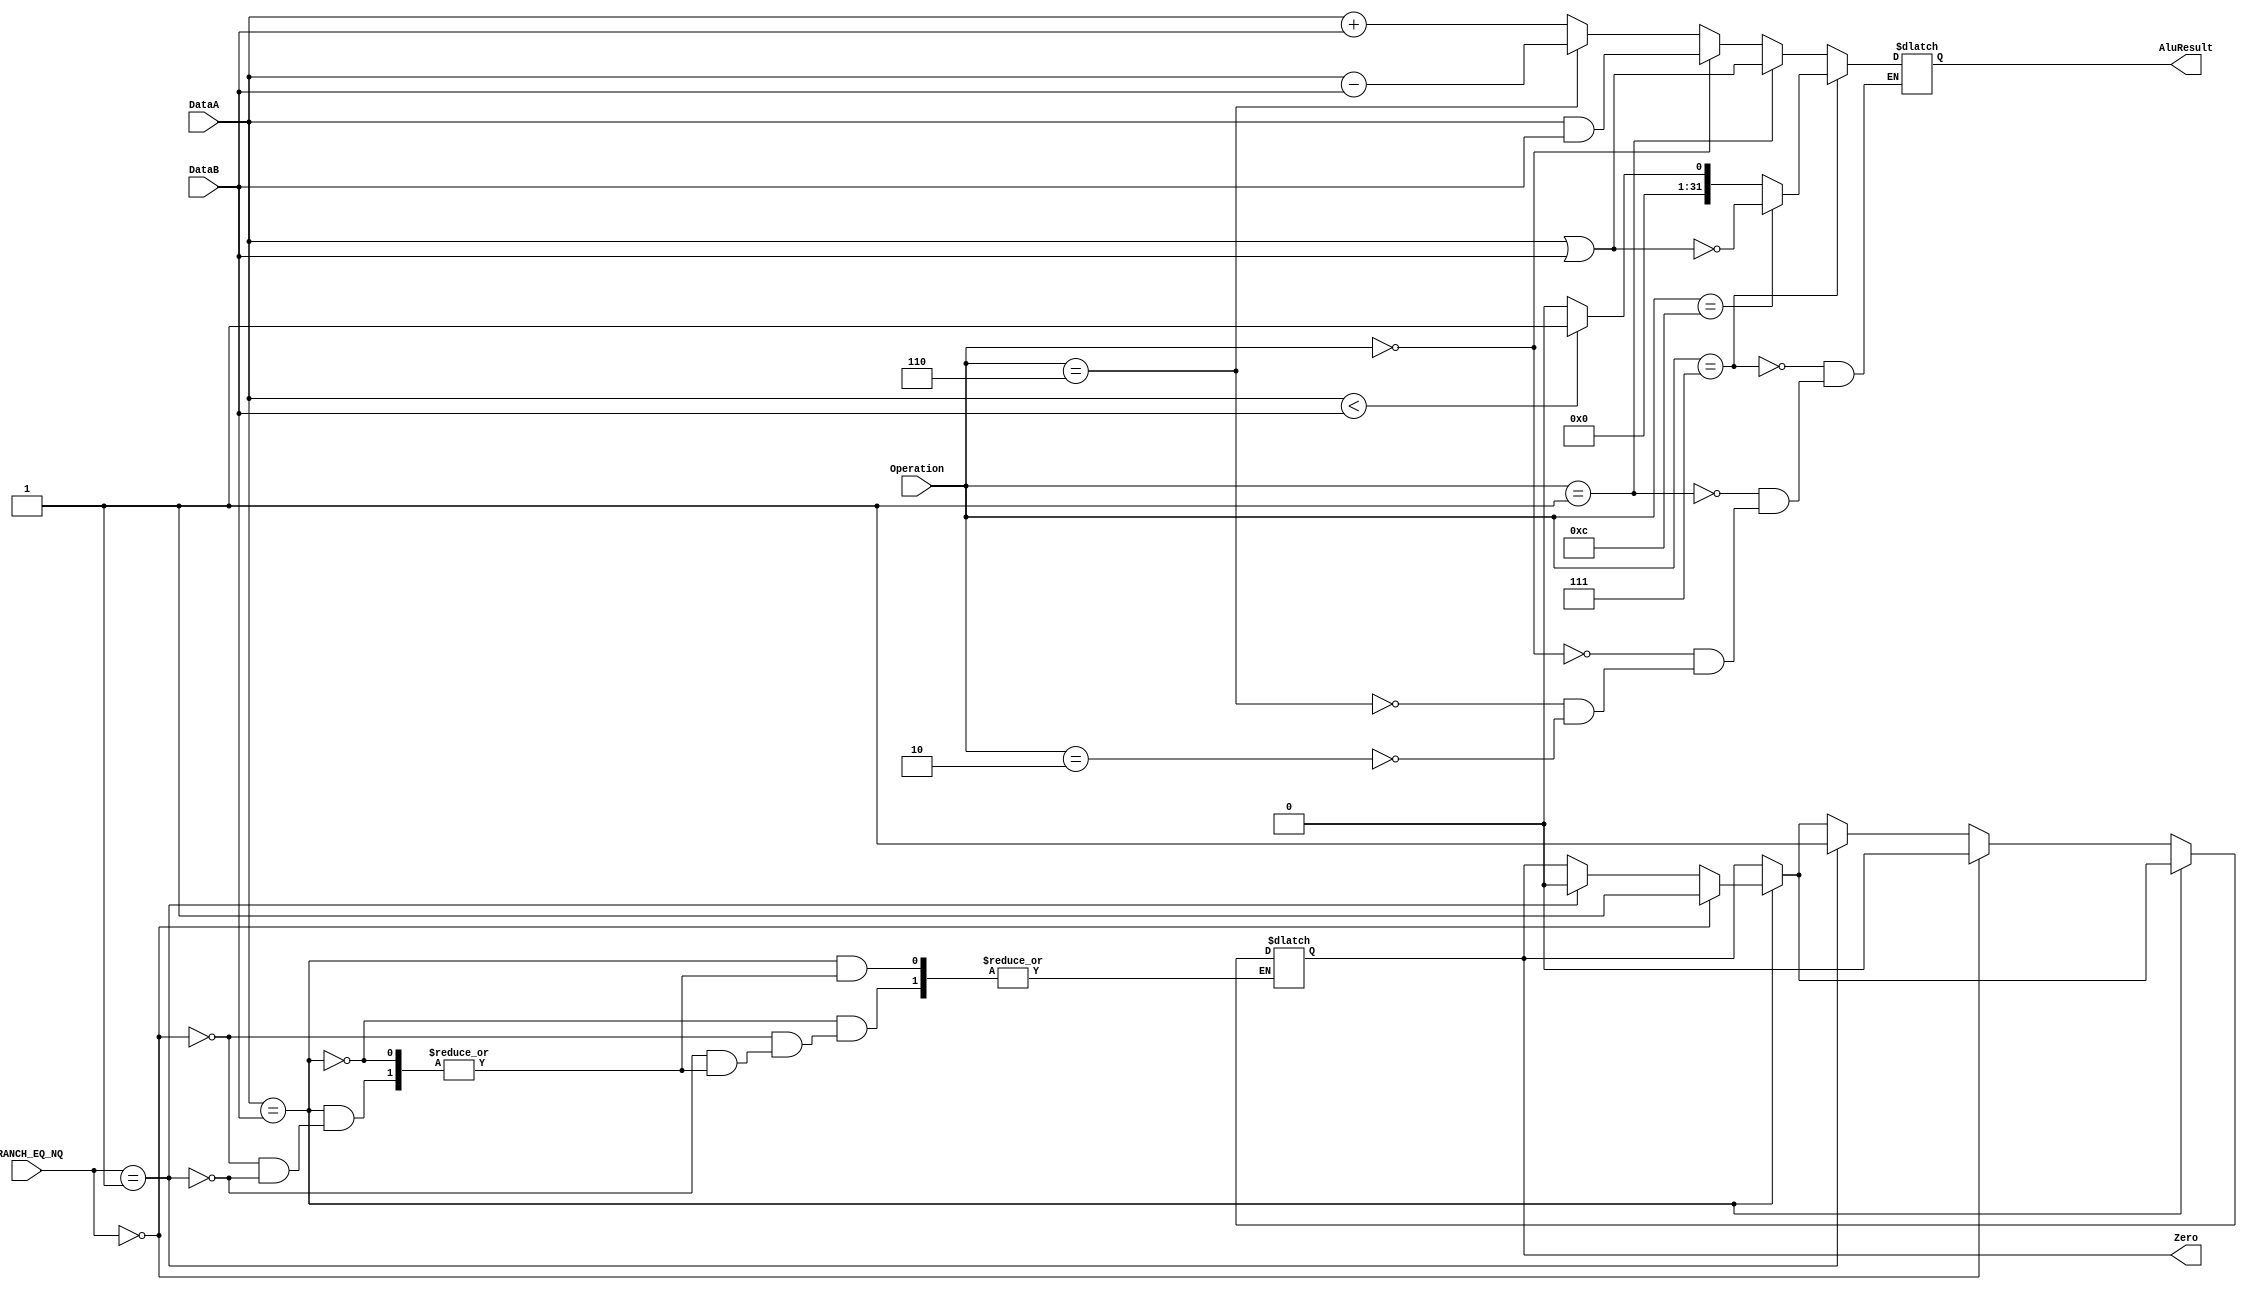
`timescale 1ns / 1ps


//////////////////////////////////////////////////////////////////////////////////
// Company: 
// Engineer: 
// 
// Design Name: 
// Module Name:    alu 
// Project Name: 
// Target Devices: 
// Tool versions: 
// Description: 
//
// Dependencies: 
//
// Revision: 
// Revision 0.01 - File Created
// Additional Comments: 
//
//////////////////////////////////////////////////////////////////////////////////
`define _ADD 'b100000
`define _SUB 'b100010
`define _OR  'b100101
`define _XOR 'b100110
`define _AND 'b100100
module alu(DataA,DataB,Operation,AluResult,Zero,BRANCH_EQ_NQ
    );
	 input [1:0]BRANCH_EQ_NQ;
	 input [31:0] DataA, DataB;  
    input [3:0] Operation;   
	 output [31:0] AluResult;  
    output Zero;      
	 reg [31:0] AluResult;  
    reg Zero;       
	always@(DataA,DataB,Operation)begin
	
			if(Operation== 'b0010 ) begin//add
				AluResult <= DataA+DataB;
			end
			
			if(Operation== 'b0110) begin//sub
				AluResult <= DataA-DataB; 
			end
			
			if(Operation== 'b0000) begin//and
				AluResult <= DataA&DataB;
			end 
			
			if(Operation == 'b0001) begin//or
				AluResult <= DataA|DataB;
			end
			
			if(Operation == 'b0111) begin//set on less than
				if(DataA<DataB)begin
					AluResult <= 1;
				end
				else begin
					AluResult <= 0;
				end
				
				if(Operation == 'b1100) begin//nor
				AluResult <= ~(DataA|DataB);
			end
			end
			
		
			             
			if(DataA==DataB) begin
				if(BRANCH_EQ_NQ==0)begin
					Zero<=1'b1; 
					end
				else if(BRANCH_EQ_NQ==1)begin
					Zero <= 0;
					end
         end 
			
			if(~(DataA == DataB)) begin 
				if(BRANCH_EQ_NQ==0)begin
					Zero<=0; 
					end
				else if(BRANCH_EQ_NQ==1)begin
					Zero <= 1;
					end        
			end 
			
	end 

endmodule